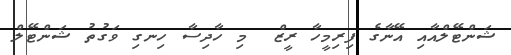
ޝަންޓޭލްއާއި އޭނާގެ ފިރިމީހާ ރީޒް  މި ހާދިސާ ހިނގި ވަގުތު ޝަންޓޭލް